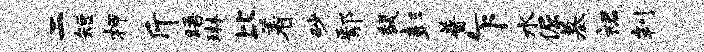
二短柙斤晤琳比着砂鄢馥彭普乍水倔墓裙判